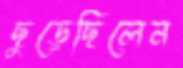
ছুড়েছিলেন